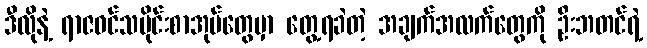
ဒီလိုနဲ့ ရာဇဝင်သမိုင်းစာအုပ်တွေမှာ တွေ့ရခဲတဲ့ အချက်အလက်တွေကို ဦးဘတင်ရဲ့